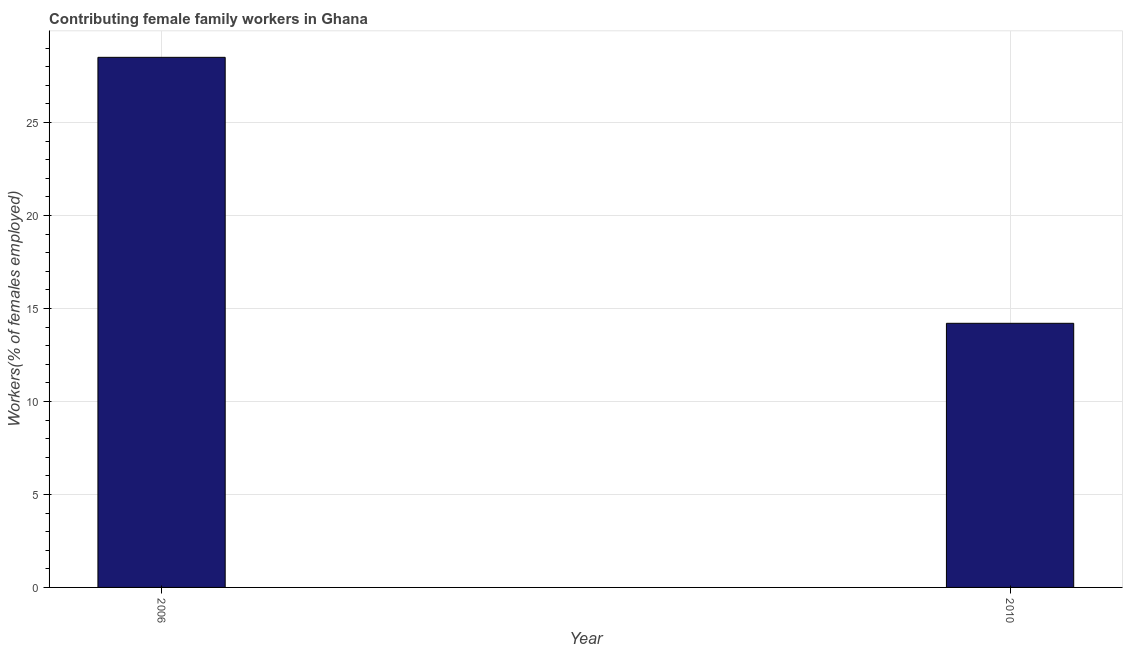
| Year | Contributing family workers |
 | --- | --- |
 | 2006 | 28.5 |
 | 2010 | 14.2 |